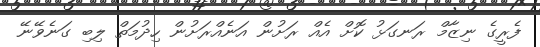
ފެރީގެ ނިޒާމް ރަނގަޅު ކޮށް އެއް ރަށުން އަނެއްރަށުން ހިދުމަތް ލިބި ގަނެވޭނޭ